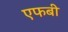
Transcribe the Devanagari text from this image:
एफबी